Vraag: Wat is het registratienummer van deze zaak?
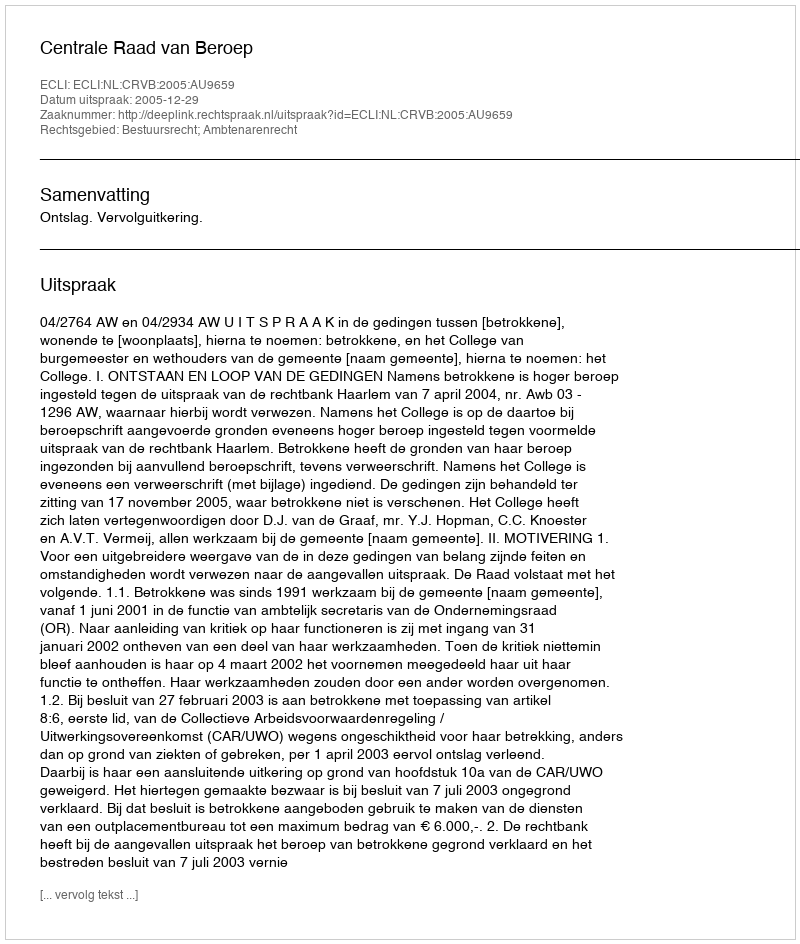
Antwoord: http://deeplink.rechtspraak.nl/uitspraak?id=ECLI:NL:CRVB:2005:AU9659